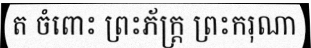
ត ចំពោះ ព្រះភ័ក្ត្រ ព្រះករុណា